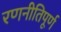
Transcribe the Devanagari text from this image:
रणनीतिपूर्ण